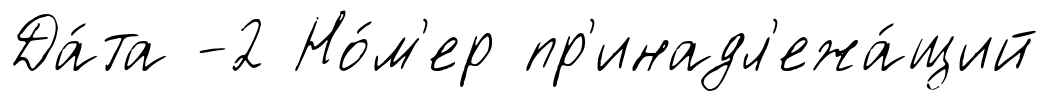
Да́та -2 Но́м'ер пр'инадл'ежа́щий